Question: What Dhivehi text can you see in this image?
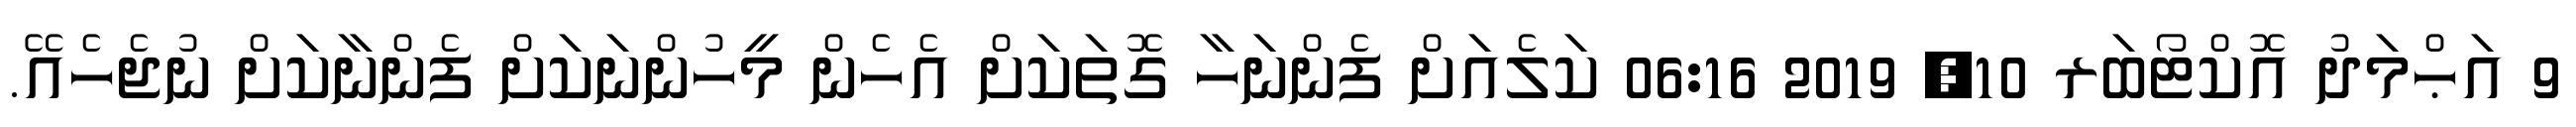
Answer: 9 އަޙްމަދު އޮކްޓޯބަރ 10, 2019 06:16 ކަލެއަށް ފެންނަހާ ގޮތަކަށް އެހެން މީހުންނަކަށް ފެންނާކަށް ނުޖެހެއޭ.